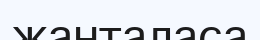
жанталаса